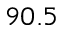
9 0 . 5